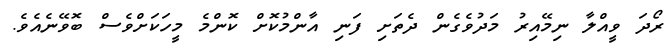
ރޯދަ ވީއްލާ ނިމޭއިރު މަދުވެގެން ދެތަށި ފަނި އާންމުކޮށް ކޮންމެ މީހަކަށްވެސް ބޮވޭނެއެވެ.